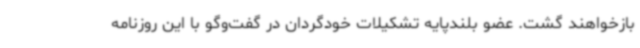
بازخواهند گشت. عضو بلندپایه تشکیلات خودگردان در گفت‌وگو با این روزنامه